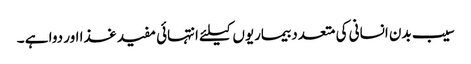
سیب بدن انسانی کی متعدد بیماریوں کیلئے انتہائی مفید غذا اور دوا ہے ۔